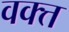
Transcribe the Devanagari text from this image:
वक्त्त